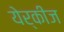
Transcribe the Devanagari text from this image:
येर्कीज